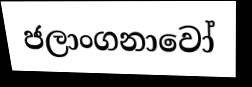
ජලාංගනාවෝ